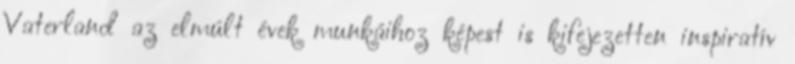
Vaterland az elmúlt évek munkáihoz képest is kifejezetten inspiratív